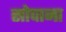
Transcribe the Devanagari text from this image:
सोपाना